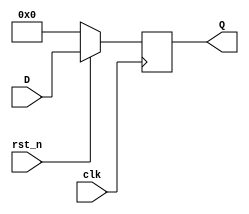
module dff #(
  parameter WIDTH=4
) (
  input rst_n, clk,
  input [WIDTH-1:0] D,
  output reg [WIDTH-1:0] Q
);

  always @( posedge clk )
  begin
    if( !rst_n )
      Q <= 0;
    else
      Q <= D;
  end

endmodule